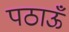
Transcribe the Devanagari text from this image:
पठाऊँ